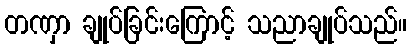
တဏှာ ချုပ်ခြင်းကြောင့် သညာချုပ်သည်။